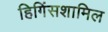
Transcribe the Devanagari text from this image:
हिगिंसशामिल